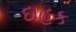
દાહક